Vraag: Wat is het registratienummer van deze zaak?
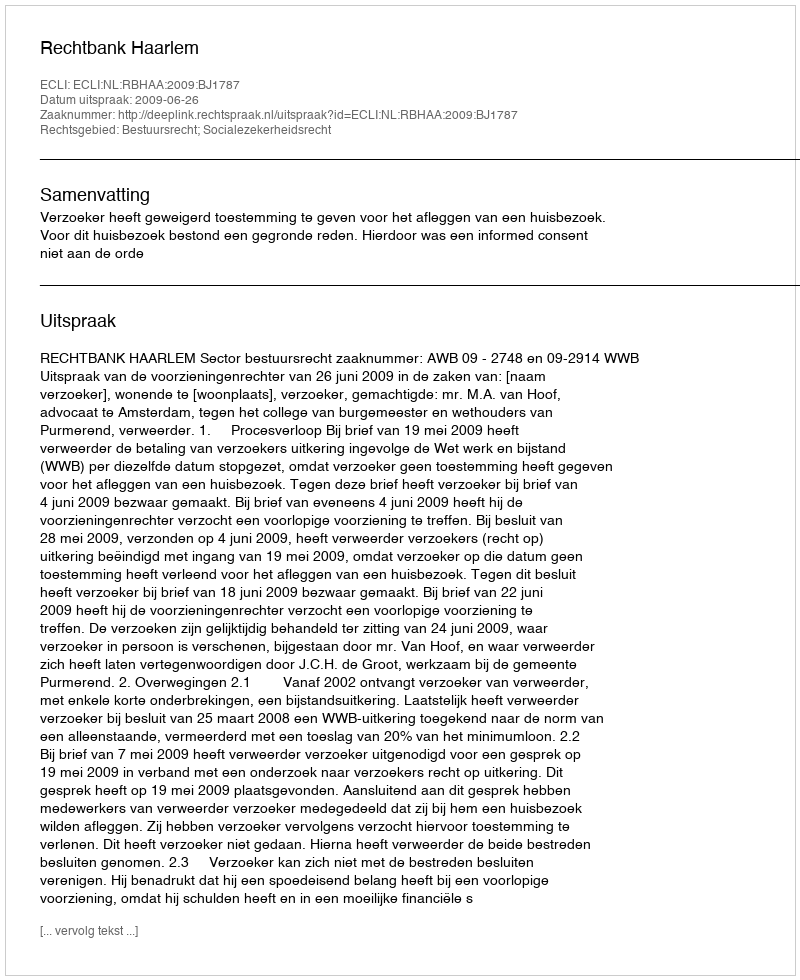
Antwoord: http://deeplink.rechtspraak.nl/uitspraak?id=ECLI:NL:RBHAA:2009:BJ1787